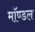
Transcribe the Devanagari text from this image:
मॉण्डल